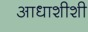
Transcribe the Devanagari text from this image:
आधाशीशी